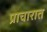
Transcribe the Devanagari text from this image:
प्राचारात